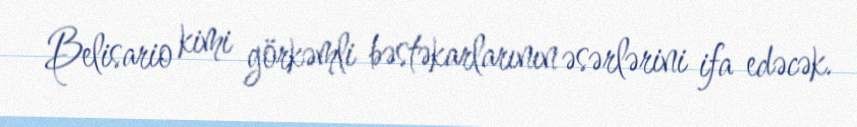
Belisario kimi görkəmli bəstəkarlarının əsərlərini ifa edəcək.